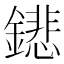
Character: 𨭍